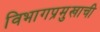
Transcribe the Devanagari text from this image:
विभागप्रमुखाची